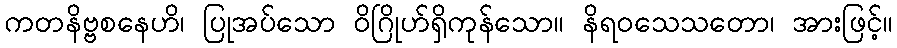
ကတနိဗ္ဗစနေဟိ၊ ပြုအပ်သော ဝိဂြိုဟ်ရှိကုန်သော။ နိရဝသေသတော၊ အားဖြင့်။